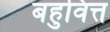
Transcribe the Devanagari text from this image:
बहुवित्त